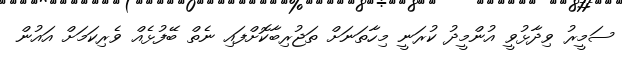
ސަމީރު ވިދާޅުވީ އުންމީދު ކުރަނީ މިހާތަނަށް ތަޖުރިބާކޮށްފައި ނެތް ބޭފުޅެއް ވެރިކަމަށް އައުން